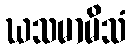
ဃသမာမိသံ